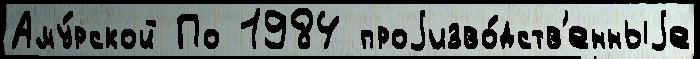
Аму́рской По 1984 проjизво́дств'енныjе